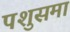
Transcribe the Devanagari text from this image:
पशुसमा